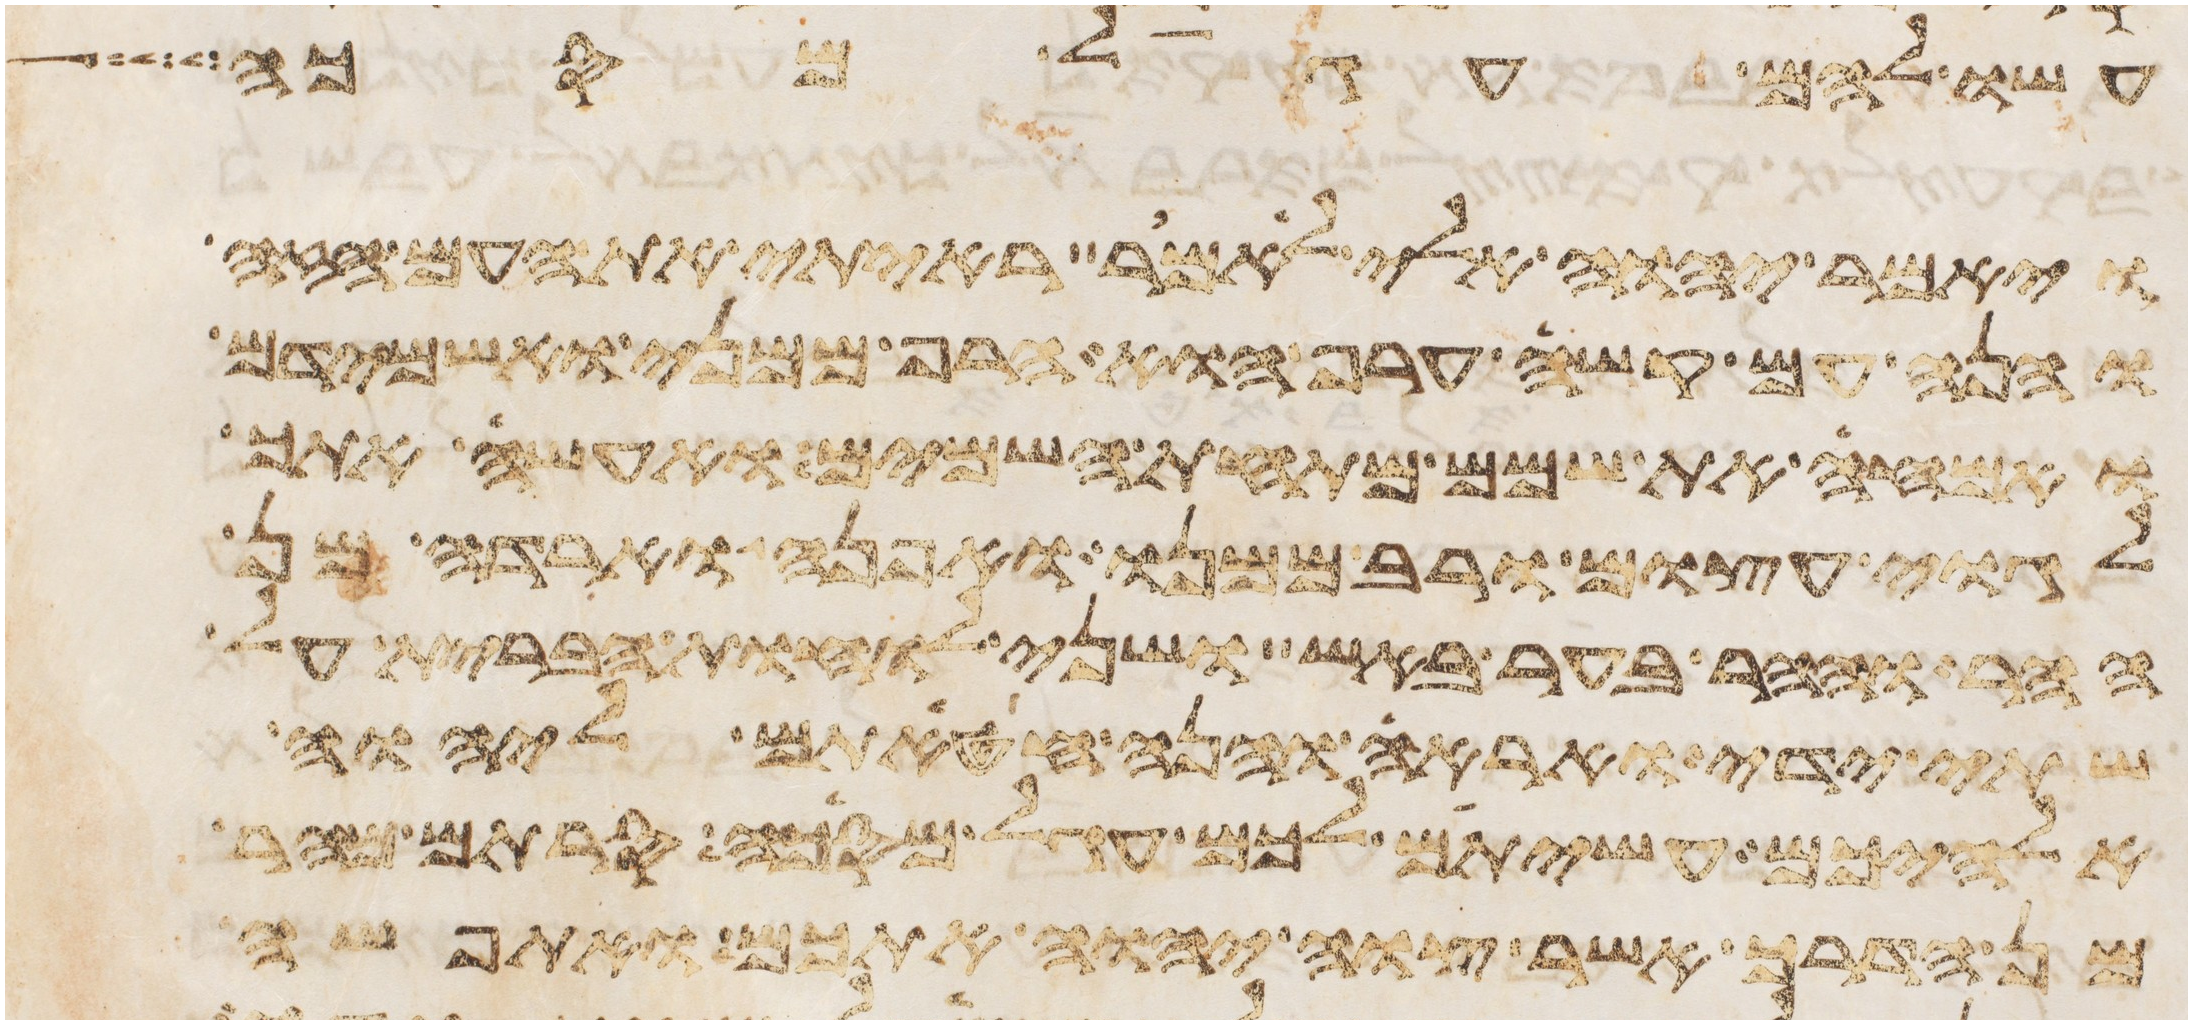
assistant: עשו להם עגל מסכה
ויאמר יהוה אלי לאמר ראיתי את העם הזה
והנה עם קשה ערף הוא הרף ממני ואשמידם
ואמחה את שמם מתחת השמים ואעשה אתך
לגוי עצום ורב ממנו ואפנה וארדה מן
ההר וההר בער באש ושני לוחת הברית על
שתי ידי ואראה והנה חטאתם ליהוה
אלהיכם עשיתם לכם עגל מסכה סרתם מהר
מן הדרך אשר צוה יהוה אתכם ואתפשה